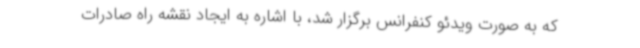
که به صورت ویدئو کنفرانس برگزار شد، با اشاره به ایجاد نقشه راه صادرات